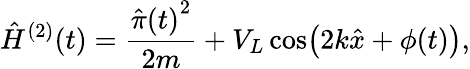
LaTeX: \hat{H}^{(2)}(t)=\frac{{\hat{\pi}(t)}^{2}}{2m}+V_{L}\cos\bigl(2k\hat{x}+\phi(t)\bigr),